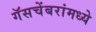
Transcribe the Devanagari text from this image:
गॅसचेंबरांमध्ये